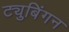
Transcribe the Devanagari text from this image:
ट्युबिंगन